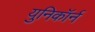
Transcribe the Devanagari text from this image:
युनिकॉर्न